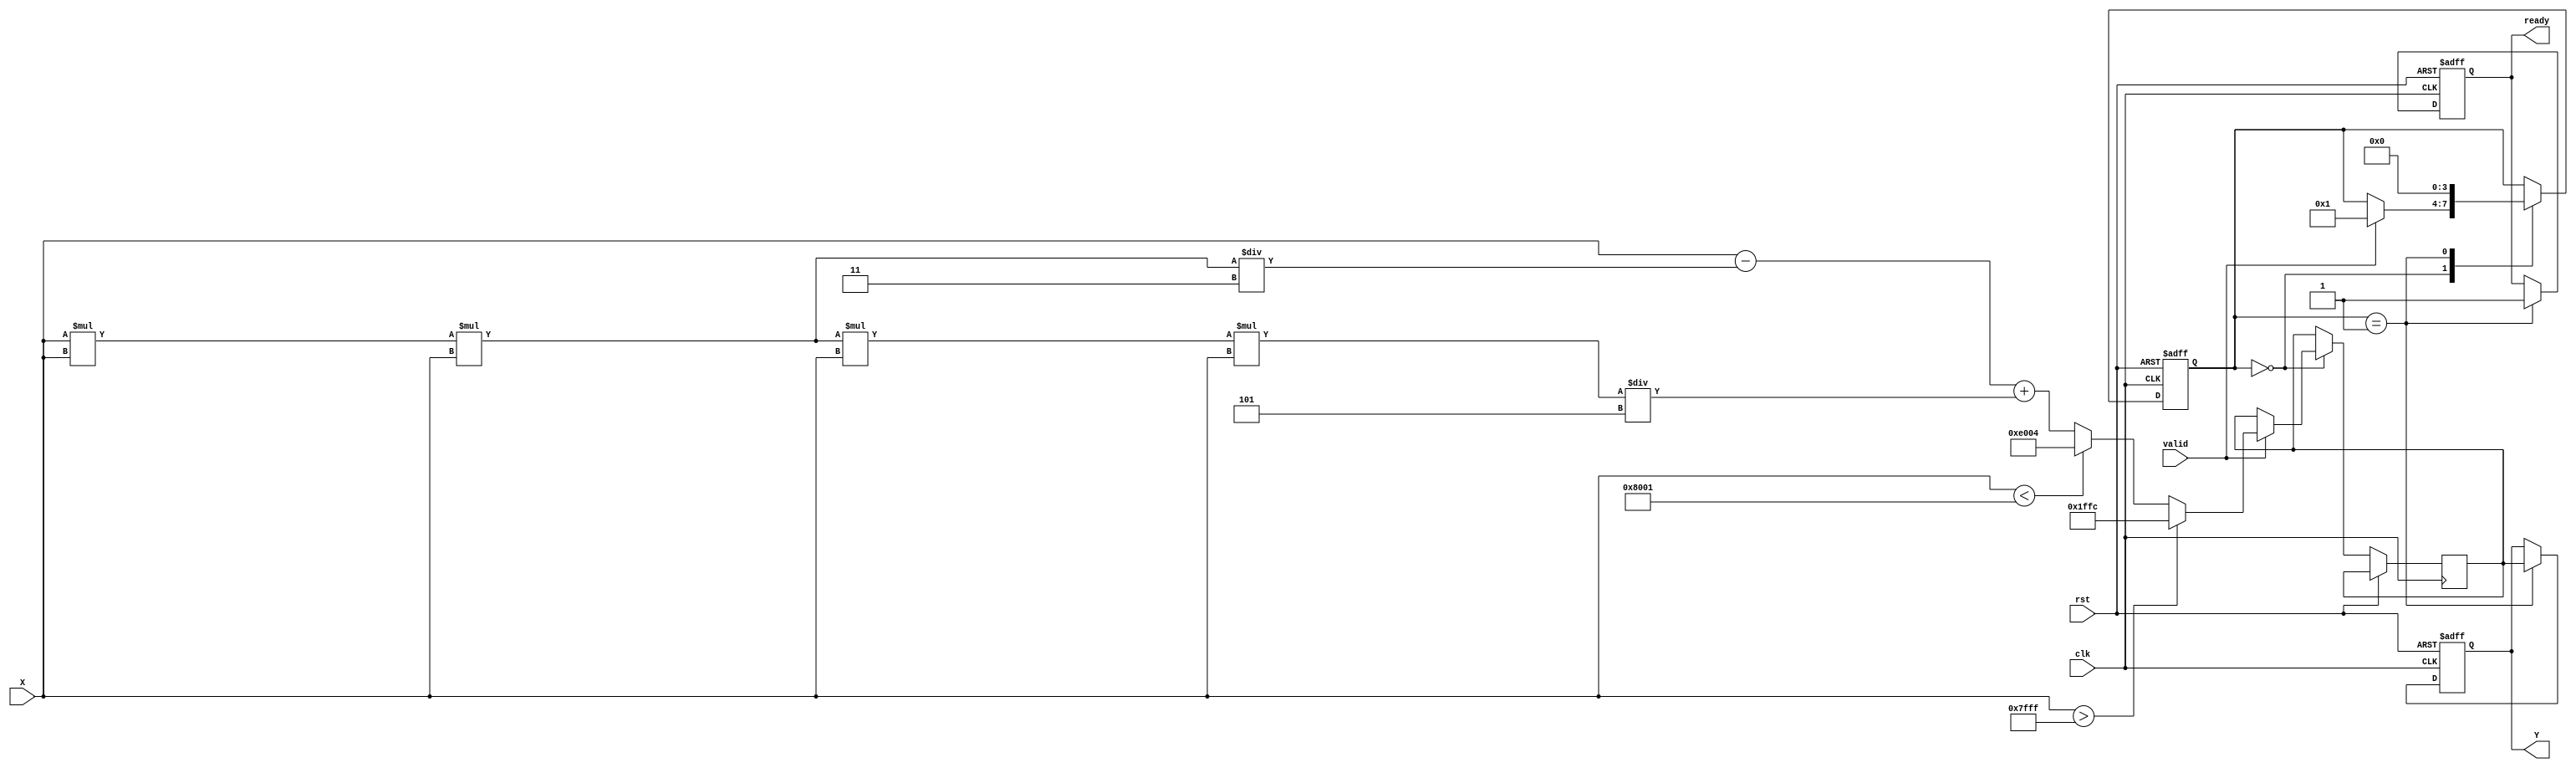
module atan_block (
    input wire clk,
    input wire rst,
    input wire signed [15:0] X, // Fixed-point input (16 bits)
    output reg signed [15:0] Y,  // Fixed-point output (16 bits)
    input wire valid,             // Input valid signal
    output reg ready              // Output ready signal
);

    // Constants for fixed-point representation of /2
    localparam signed [15:0] PI_OVER_2 = 16'h1FFC; // Approx. 1.5708 in Q1.15 format

    // Internal registers
    reg signed [15:0] atan_result;
    reg [3:0] state;

    // State machine for processing
    always @(posedge clk or posedge rst) begin
        if (rst) begin
            Y <= 0;
            ready <= 0;
            state <= 0;
        end else begin
            case (state)
                0: begin
                    if (valid) begin
                        // Handle edge cases
                        if (X > 16'h7FFF) begin // X > +
                            atan_result <= PI_OVER_2;
                        end else if (X < -16'h7FFF) begin // X < -
                            atan_result <= -PI_OVER_2;
                        end else begin
                            // Polynomial approximation for atan
                            // Using a simple approximation: atan(x)  x - (x^3)/3 + (x^5)/5
                            // Note: This is a very simple approximation and may need refinement
                            atan_result <= X - (X * X * X) / 16'h0003 + (X * X * X * X * X) / 16'h0005;
                        end
                        state <= 1; // Move to next state
                    end
                end
                1: begin
                    Y <= atan_result; // Assign result to output
                    ready <= 1; // Indicate output is ready
                    state <= 0; // Reset state
                end
            endcase
        end
    end

endmodule